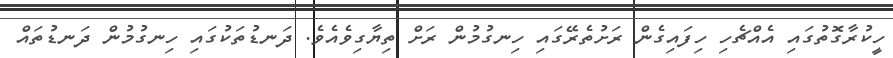
ހީކުރާގޮތުގައި އެއްޗެހި ހިފައިގެން ރަށުތެރޭގައި ހިނގުމުން ރަށް ތިޔާގިވެއެވެ. ދަނޑުތަކުގައި ހިނގުމުން ދަނޑުތައް